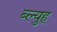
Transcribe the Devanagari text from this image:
ब्ल्युह